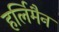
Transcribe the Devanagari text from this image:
हर्लिमैन